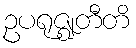
ဥပရုဇ္ဈတီတိ